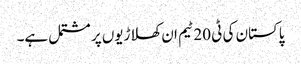
پاکستان کی ٹی 20 ٹیم ان کھلاڑیوں پر مشتمل ہے۔